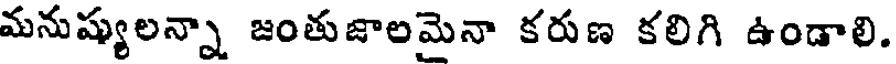
మనుష్యులన్నా జంతుజాలమెనా కరుణ కలిగి ఉండాలి.